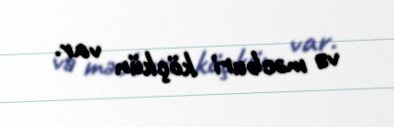
və məcburi köçkün var.